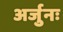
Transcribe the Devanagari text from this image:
अर्जुनः